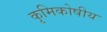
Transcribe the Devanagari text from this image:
कृमिकोषीय